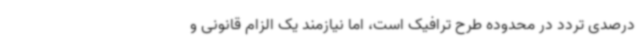
درصدی تردد در محدوده طرح ترافیک است، اما نیازمند یک الزام قانونی و